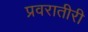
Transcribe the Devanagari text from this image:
प्रवरातीरी